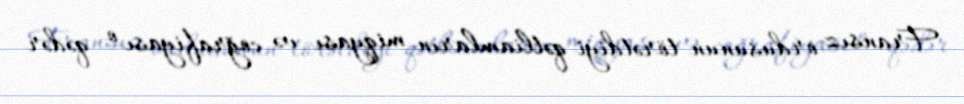
Fransız ordusunun törətdiyi qətliamların miqyası və coğrafiyası o qədər